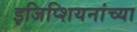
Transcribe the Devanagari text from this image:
इजिप्शियनांच्या